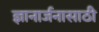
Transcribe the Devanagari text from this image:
ज्ञानार्जनासाठी